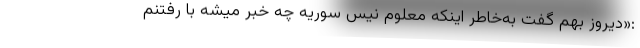
:«دیروز بهم گفت به‌خاطر اینکه معلوم نیس سوریه چه خبر میشه با رفتنم